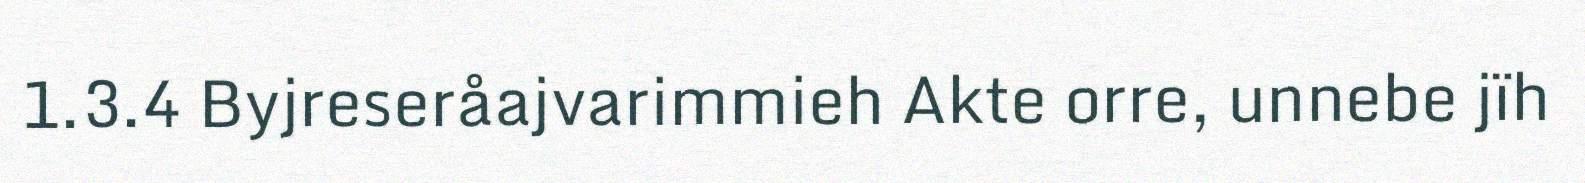
1.3.4 Byjreseråajvarimmieh Akte orre, unnebe jïh